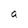
Character: a